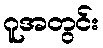
ဂူအတွင်း